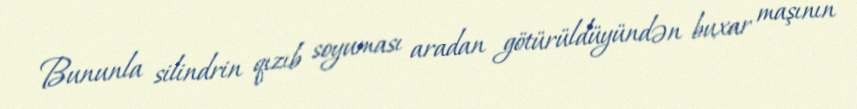
Bununla silindrin qızıb soyuması aradan götürüldüyündən buxar maşının